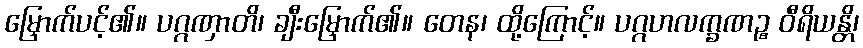
မြှောက်ပင့်၏။ ပဂ္ဂဏှာတိ၊ ချီးမြှောက်၏။ တေန၊ ထို့ကြောင့်။ ပဂ္ဂဟလက္ခဏဉ္စ ဝီရိယန္တိ၊